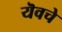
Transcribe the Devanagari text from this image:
यॆवचे